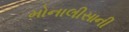
મોનાલીસાની